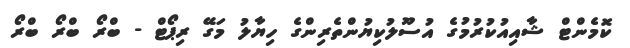
ކޮމެންޓް ޝާއިއުކުރުމުގެ އުސޫލުކިޔުންތެރިންގެ ހިޔާލު މަގޭ ރިޕޯޓް - ބްރޯ ބްރޯ ބްރޯ